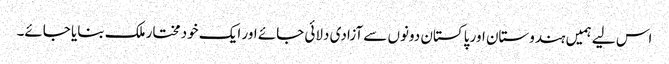
اس لیے ہمیں ہندوستان اور پاکستان دونوں سے آزادی دلائی جائے اور ایک خود مختار ملک بنایا جائے۔